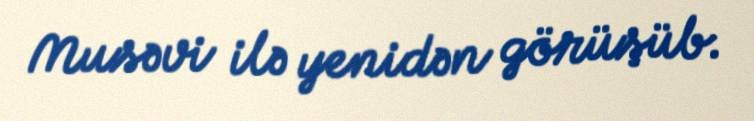
Musəvi ilə yenidən görüşüb.